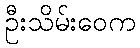
ဦးသိမ်းဝေက